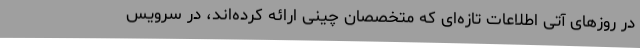
در روزهای آتی اطلاعات تازه‌ای که متخصصان چینی ارائه کرده‌اند، در سرویس